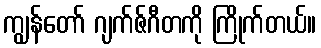
ကျွန်တော် ဂျက်ဇ်ဂီတကို ကြိုက်တယ်။